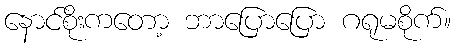
နောင်စိုးကတော့ ဘာပြောပြော ဂရုမစိုက်။